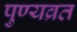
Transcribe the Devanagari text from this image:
पुण्यव्रत